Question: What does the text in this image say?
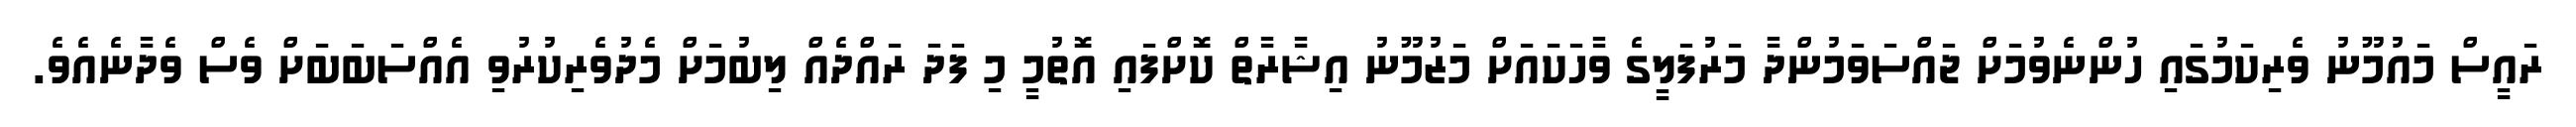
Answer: ރައީސް މައުމޫނު ވެރިކަމުގައި ހުންނެވުމަށް ޖައްސަވަމުންދާ މަރުފަލީގެ ވާހަކައަށް މަޒުމޫނު އިޝާރާތް ކޮށްފައި އޮތުމީ މި ފަދަ ރައްދެއް ލިބުމަށް މެދުވެރިކުރުވި އެއްސަބަބަށް ވެސް ވެދާނެއެވެ.